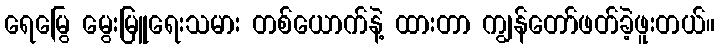
ရေမြွေ မွေးမြူရေးသမား တစ်ယောက်နဲ့ ထားတာ ကျွန်တော်ဖတ်ခဲ့ဖူးတယ်။